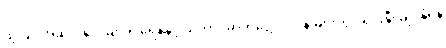
ထို့ပြင် အဆိုပါနိုင်ငံများရှိ ရေနံနှင့် သဘာဝဓာတ်ငွေ့လုပ်ငန်းများတွင် ရင်းနှီးမြှုပ်နှံရန်